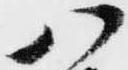
八